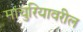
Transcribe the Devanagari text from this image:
मांचुरियावरील